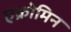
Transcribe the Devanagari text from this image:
एक्रोमिन